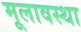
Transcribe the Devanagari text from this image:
मूलावस्था